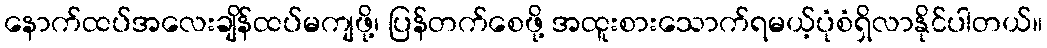
နောက်ထပ်အလေးချိန်ထပ်မကျဖို့၊ ပြန်တက်စေဖို့ အထူးစားသောက်ရမယ့်ပုံစံရှိလာနိုင်ပါတယ်။